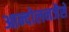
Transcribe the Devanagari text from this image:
आन्दोलनजैसे